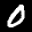
Label: 0